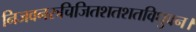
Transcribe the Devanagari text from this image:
निजवनरुचिजितशतशतविधुवन।